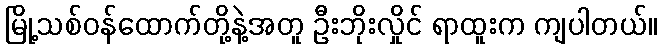
မြို့သစ်ဝန်ထောက်တို့နဲ့အတူ ဦးဘိုးလှိုင် ရာထူးက ကျပါတယ်။